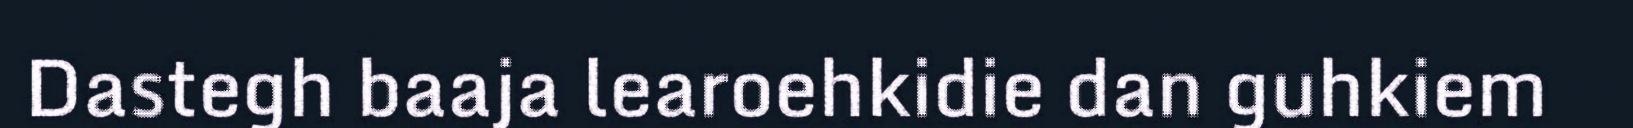
Dastegh baaja learoehkidie dan guhkiem